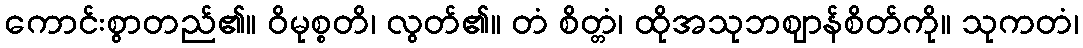
ကောင်းစွာတည်၏။ ဝိမုစ္စတိ၊ လွတ်၏။ တံ စိတ္တံ၊ ထိုအသုဘဈာန်စိတ်ကို။ သုကတံ၊